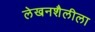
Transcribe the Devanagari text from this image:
लेखनशैलीला